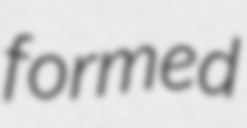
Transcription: formed